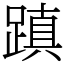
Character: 蹎